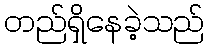
တည်ရှိနေခဲ့သည်